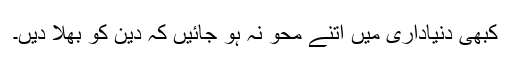
کبھی دنیاداری میں اتنے محو نہ ہو جائیں کہ دین کو بھلا دیں۔